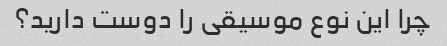
چرا این نوع موسیقی را دوست دارید؟